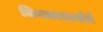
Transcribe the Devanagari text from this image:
निम्बकाचार्यांचे